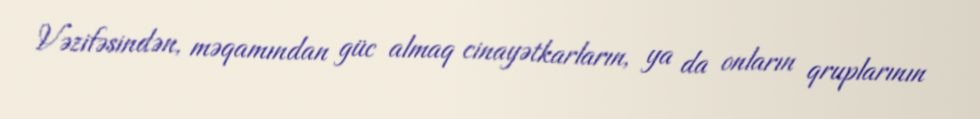
Vəzifəsindən, məqamından güc almaq cinayətkarların, ya da onların qruplarının